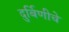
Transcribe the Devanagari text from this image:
दुर्बिणीचे